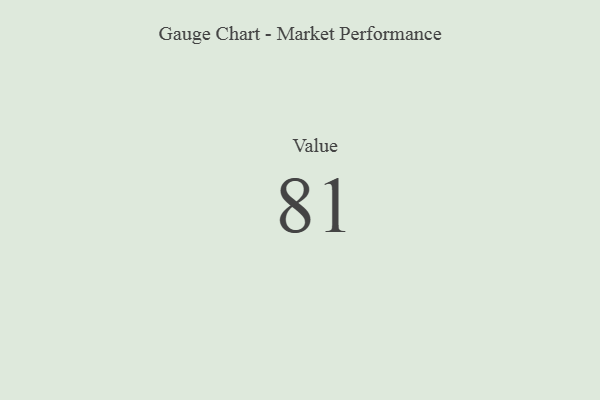
{"axis": {"x": "Metric", "y": "Value"}, "legend": [""], "data": [{"x": "Value", "y": 81, "type": ""}]}